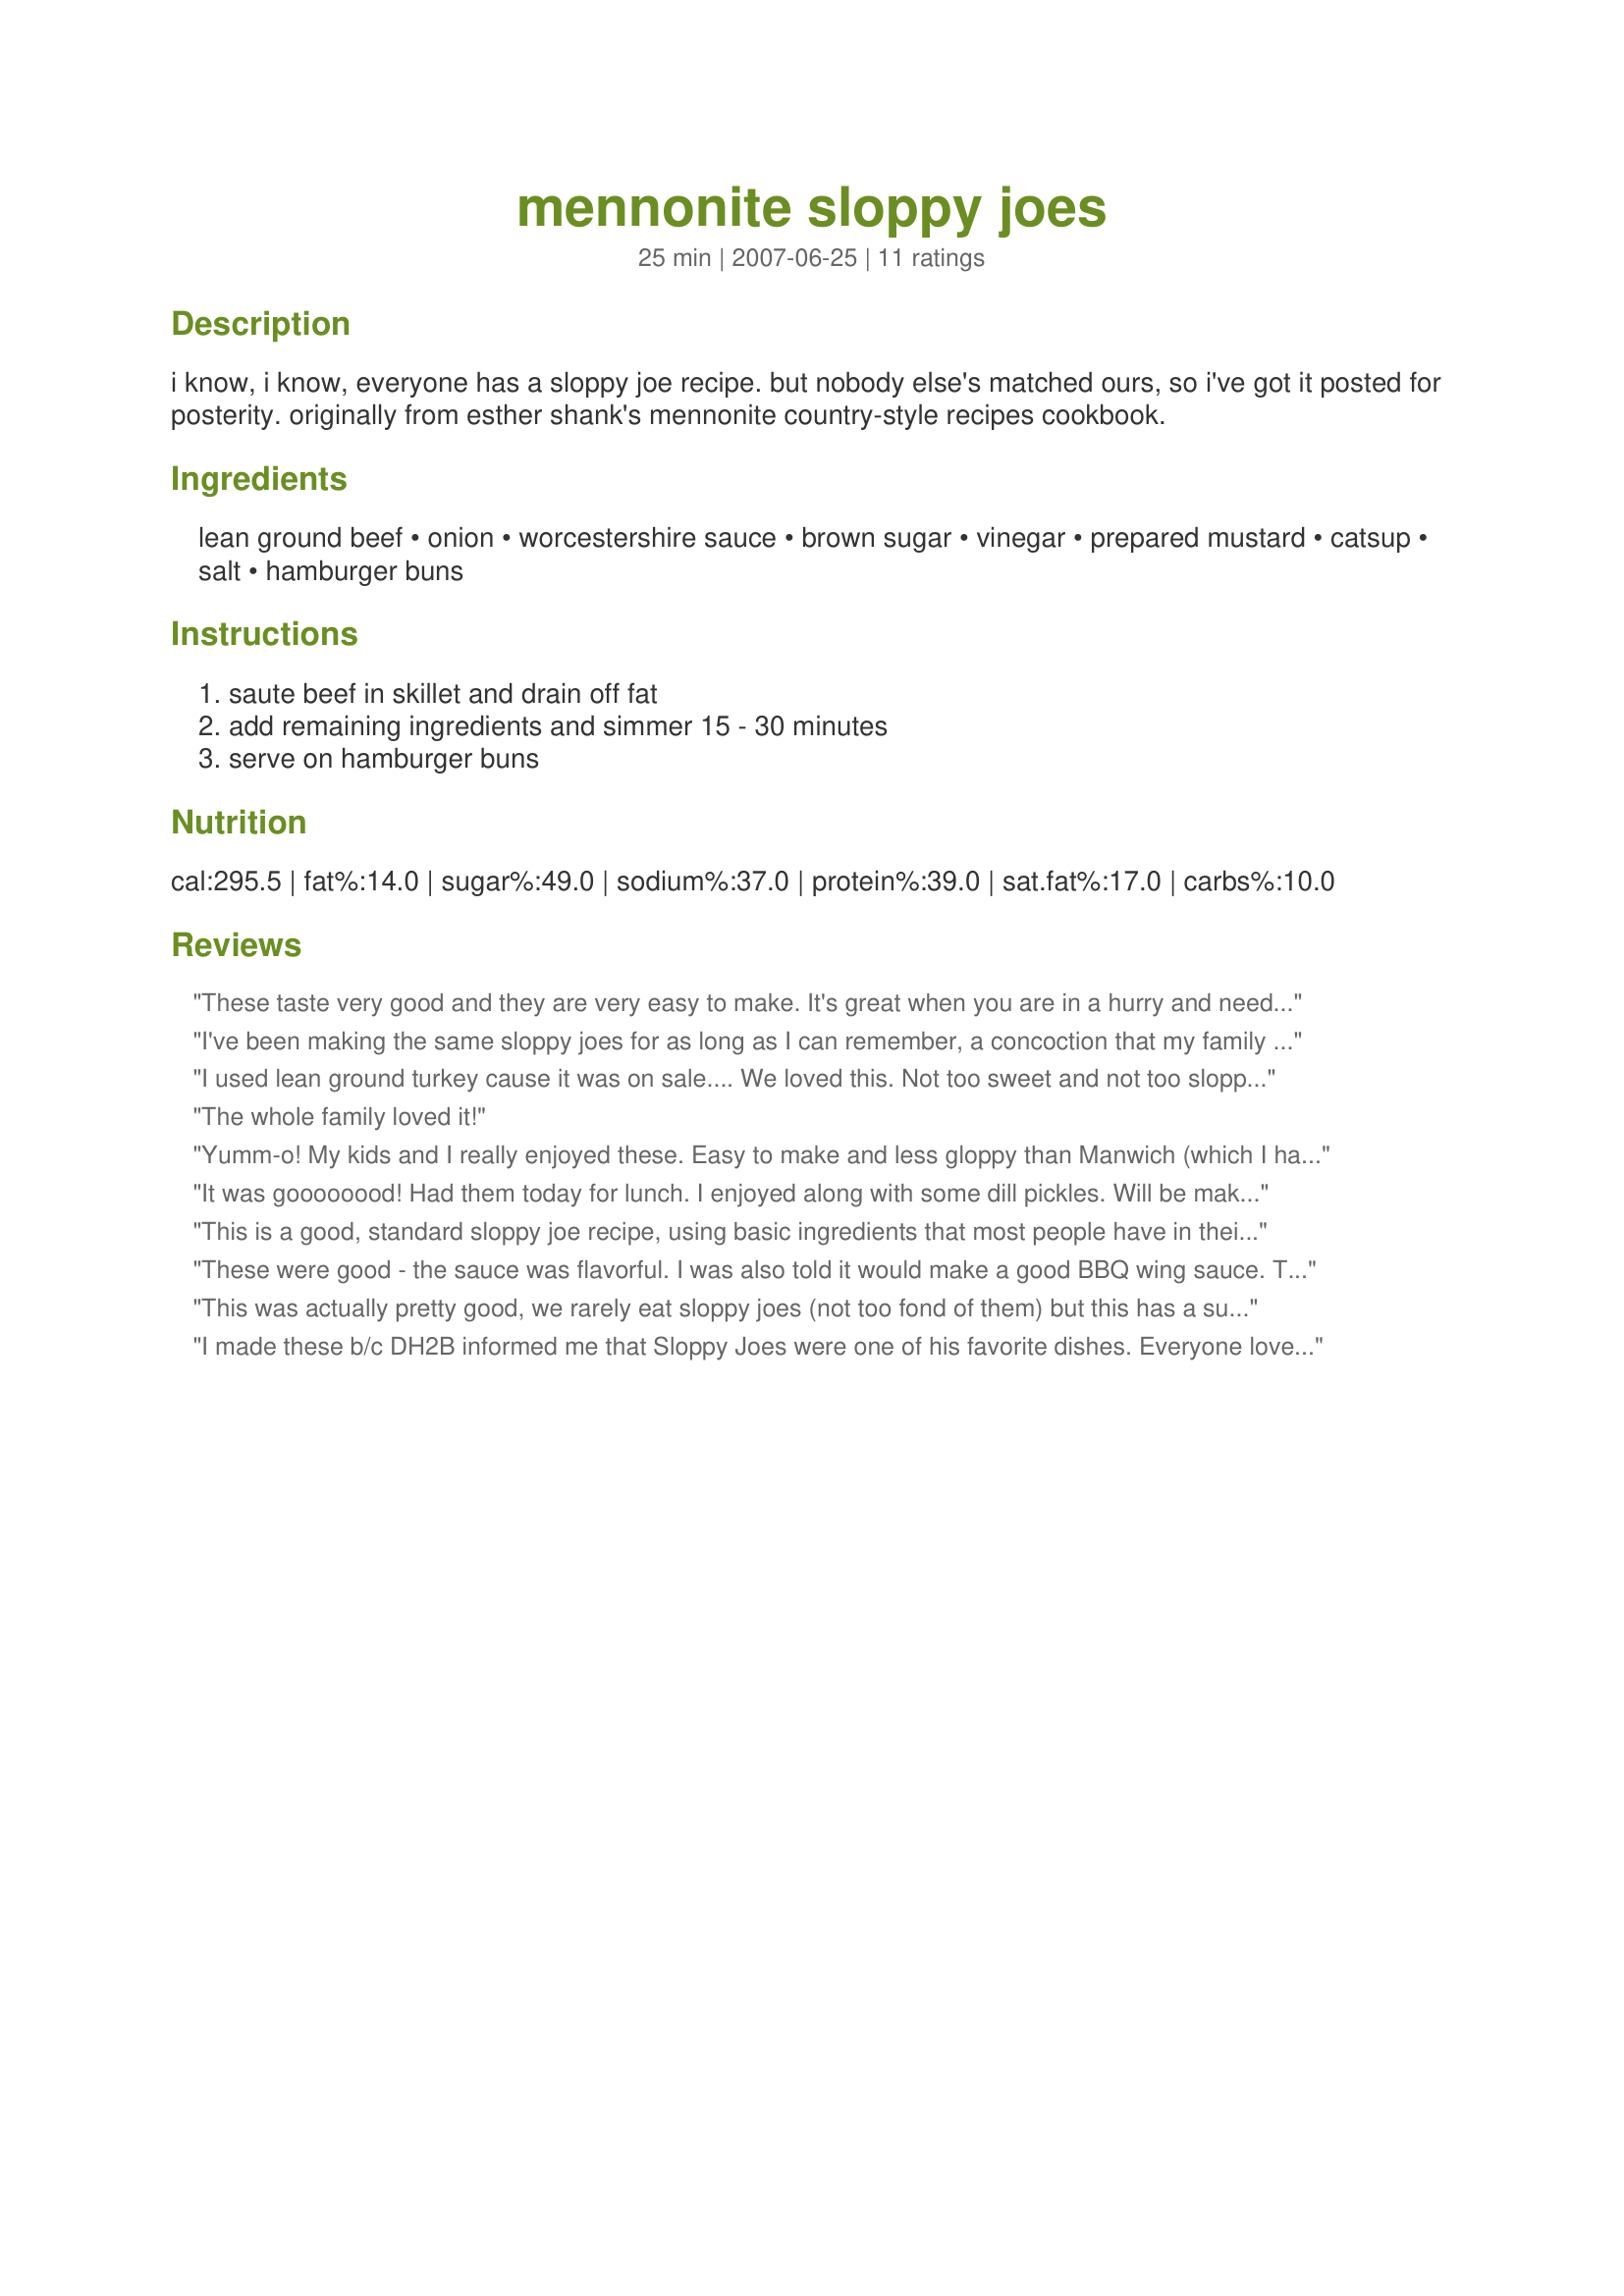
mennonite sloppy joes
Preparation time: 25 minutes

i know, i know, everyone has a sloppy joe recipe. but nobody else's matched ours, so i've got it posted for posterity. originally from esther shank's mennonite country-style recipes cookbook.

Ingredients:
lean ground beef, onion, worcestershire sauce, brown sugar, vinegar, prepared mustard, catsup, salt, hamburger buns

Steps:
saute beef in skillet and drain off fat, add remaining ingredients and simmer 15 - 30 minutes, serve on hamburger buns

Reviews:
These taste very good and they are very easy to make. It's great when you are in a hurry and need something quick to make. Thanks for sharing!
I've been making the same sloppy joes for as long as I can remember, a concoction that my family and I love. I was looking for something a little different that would incorporate items that I ALWAYS have in my pantry, and this one did not disappoint me! I doubled all ingredients except the salt, and I added a couple extra dashes of worcestershire sauce, otherwise made the recipe as written. I will definitely add this to my cookbook, especially since it's an actual recipe that other members of the household can follow when the need arises as opposed to my own which is in my head and based on if it "looks" right! Thanks!
I used lean ground turkey cause it was on sale....
We loved this. Not too sweet and not too sloppy, just right for our tastes. Thanks for posting.
The whole family loved it!
Yumm-o! My kids and I really enjoyed these. Easy to make and less gloppy than Manwich (which I hate anyway, LOL).
It was goooooood! Had them today for lunch. I enjoyed along with some dill pickles. Will be making again for sure! Thanks for sharing Puppity
This is a good, standard sloppy joe recipe, using basic ingredients that most people have in their pantry.
These were good - the sauce was flavorful. I was also told it would make a good BBQ wing sauce. They weren't very "sloppy." I really did not like the lean ground beef because it turned out chewy. Also, I would never try to serve six people with one pound of meat. This is four servings. Perhaps I would make this again using ground chuck, proportioning 1.5 times the sauce ingredients to 1 lb., to serve 4.
This was actually pretty good, we rarely eat sloppy joes (not too fond of them) but this has a subtle sweet/tangy taste and not overly "sloppy". I could see this going into occasional rotation.
I made these b/c DH2B informed me that Sloppy Joes were one of his favorite dishes. Everyone loved them. Our 5 year old purchased lunch the next day because Sloppy Joes were on the menu and he said they were okay but that the ones i made were WAY better :) I added garlic powder to the recipe and didn't bother adding the salt. The recipe says it makes 6 servings, but I only got 4 Sloppy Joes out of the pound of beef... maybe our buns were bigger..... Thanks puppitypup
I have been looking for a long time for a homemade Sloppy Joe recipe and this is it! I used onion powder instead of onions and doubled the recipe as there were 7 adults. What I didn't know was that Alanna and Brenna (my 1-year old identical twin granddaughters) would eat an adult share!! They loved it, as did everyone else. It is so nice that this recipe is made from things I always have on hand and I will make this often! Thanks Puppitypup for posting this great recipe!
